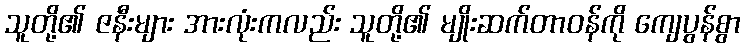
သူတို့၏ ဇနီးများ အားလုံးကလည်း သူတို့၏ မျိုးဆက်တာဝန်ကို ကျေပွန်စွာ